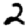
Digit: 2